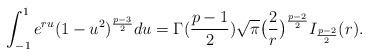
LaTeX: \begin{align*} \int_{-1}^1 e^{ru}(1-u^2)^{\frac{p-3}{2}}du= \Gamma(\frac{p-1}{2})\sqrt{\pi} \big(\frac{2}{r}\big)^\frac{p-2}{2} I_\frac{p-2}{2}(r).\end{align*}